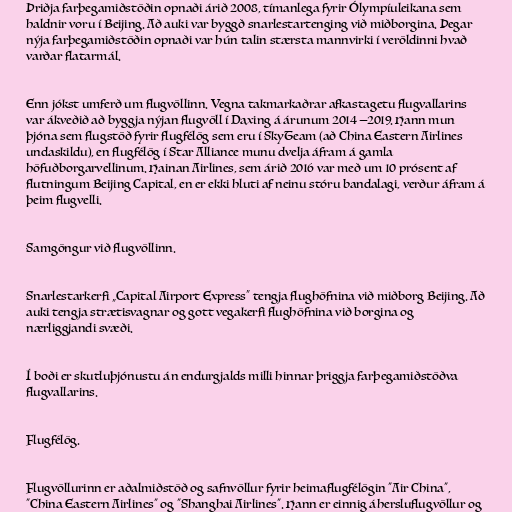
Þriðja farþegamiðstöðin opnaði árið 2008, tímanlega fyrir Ólympíuleikana sem
haldnir voru í Beijing. Að auki var byggð snarlestartenging við miðborgina. Þegar
nýja farþegamiðstöðin opnaði var hún talin stærsta mannvirki í veröldinni hvað
varðar flatarmál.

Enn jókst umferð um flugvöllinn. Vegna takmarkaðrar afkastagetu flugvallarins
var ákveðið að byggja nýjan flugvöll í Daxing á árunum 2014 —2019. Hann mun
þjóna sem flugstöð fyrir flugfélög sem eru í SkyTeam (að China Eastern Airlines
undaskildu), en flugfélög í Star Alliance munu dvelja áfram á gamla
höfuðborgarvellinum. Hainan Airlines, sem árið 2016 var með um 10 prósent af
flutningum Beijing Capital, en er ekki hluti af neinu stóru bandalagi, verður áfram á
þeim flugvelli.

Samgöngur við flugvöllinn.

Snarlestarkerfi „Capital Airport Express“ tengja flughöfnina við miðborg Beijing. Að
auki tengja strætisvagnar og gott vegakerfi flughöfnina við borgina og
nærliggjandi svæði.

Í boði er skutluþjónustu án endurgjalds milli hinnar þriggja farþegamiðstöðva
flugvallarins.

Flugfélög.

Flugvöllurinn er aðalmiðstöð og safnvöllur fyrir heimaflugfélögin "Air China",
"China Eastern Airlines" og "Shanghai Airlines". Hann er einnig áhersluflugvöllur og